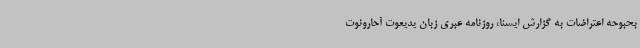
بحبوحه اعتراضات به گزارش ایسنا، روزنامه عبری زبان یدیعوت آحارونوت